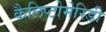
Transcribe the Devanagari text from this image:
कैलिप्टोमेरिडी